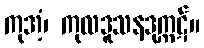
ကုအံ့၊ ကုလဒူသနဒုက္ကဋ်။